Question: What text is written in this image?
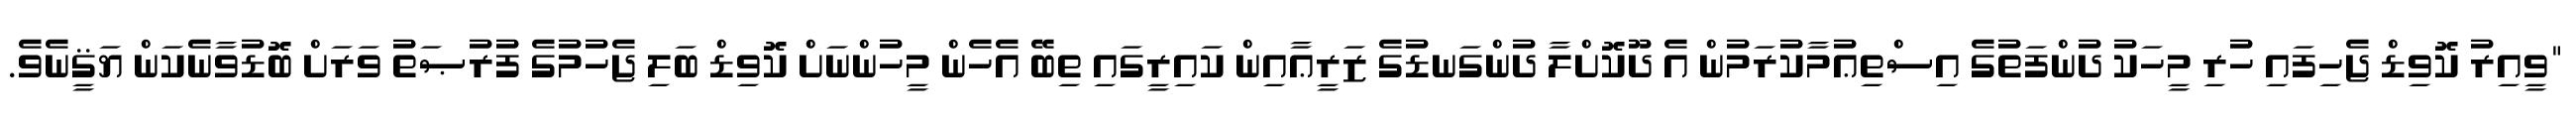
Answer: "ވީއިރު ކޮވިޑް ޖެހިފައި ހުރި މީހަކު ދުންފަތުގެ އިސްތިޢުމާކުރަމުން އެ ދޫކޮށްލާ ދުންގަނޑުގެ ޒަރީޢާއިން ކައިރީގައި ތިބޭ އެހެން މީހުންނަށް ކޮވިޑް ބަލި ޖެހުމުގެ ފުރުޞަތު ވަރަށް ބޮޑުވާނެކަން ޔަޤީނެވެ.